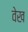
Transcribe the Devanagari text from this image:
वेख